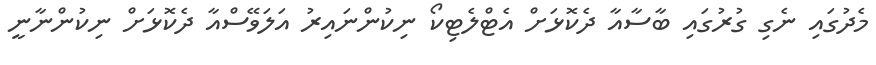
މެދުގައި ނެގި ގުރުގައި ބާސާއާ ދެކޮޅަށް އެޓްލެޓިކޯ ނިކުންނައިރު އަލަވޭސްއާ ދެކޮޅަށް ނިކުންނާނީ